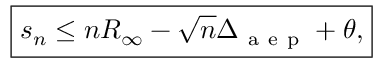
\begin{array} { r } { \boxed { s _ { n } \leq n R _ { \infty } - \sqrt { n } \Delta _ { \mathrm { ~ a ~ e ~ p ~ } } + \theta , } } \end{array}